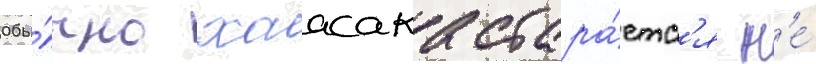
Обы́чно хаасака стара́етс'я н'е́